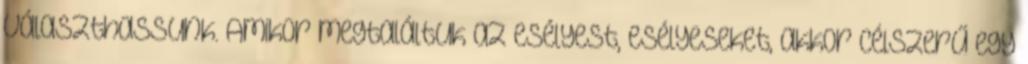
választhassunk. Amikor megtaláltuk az esélyest, esélyeseket, akkor célszerű egy